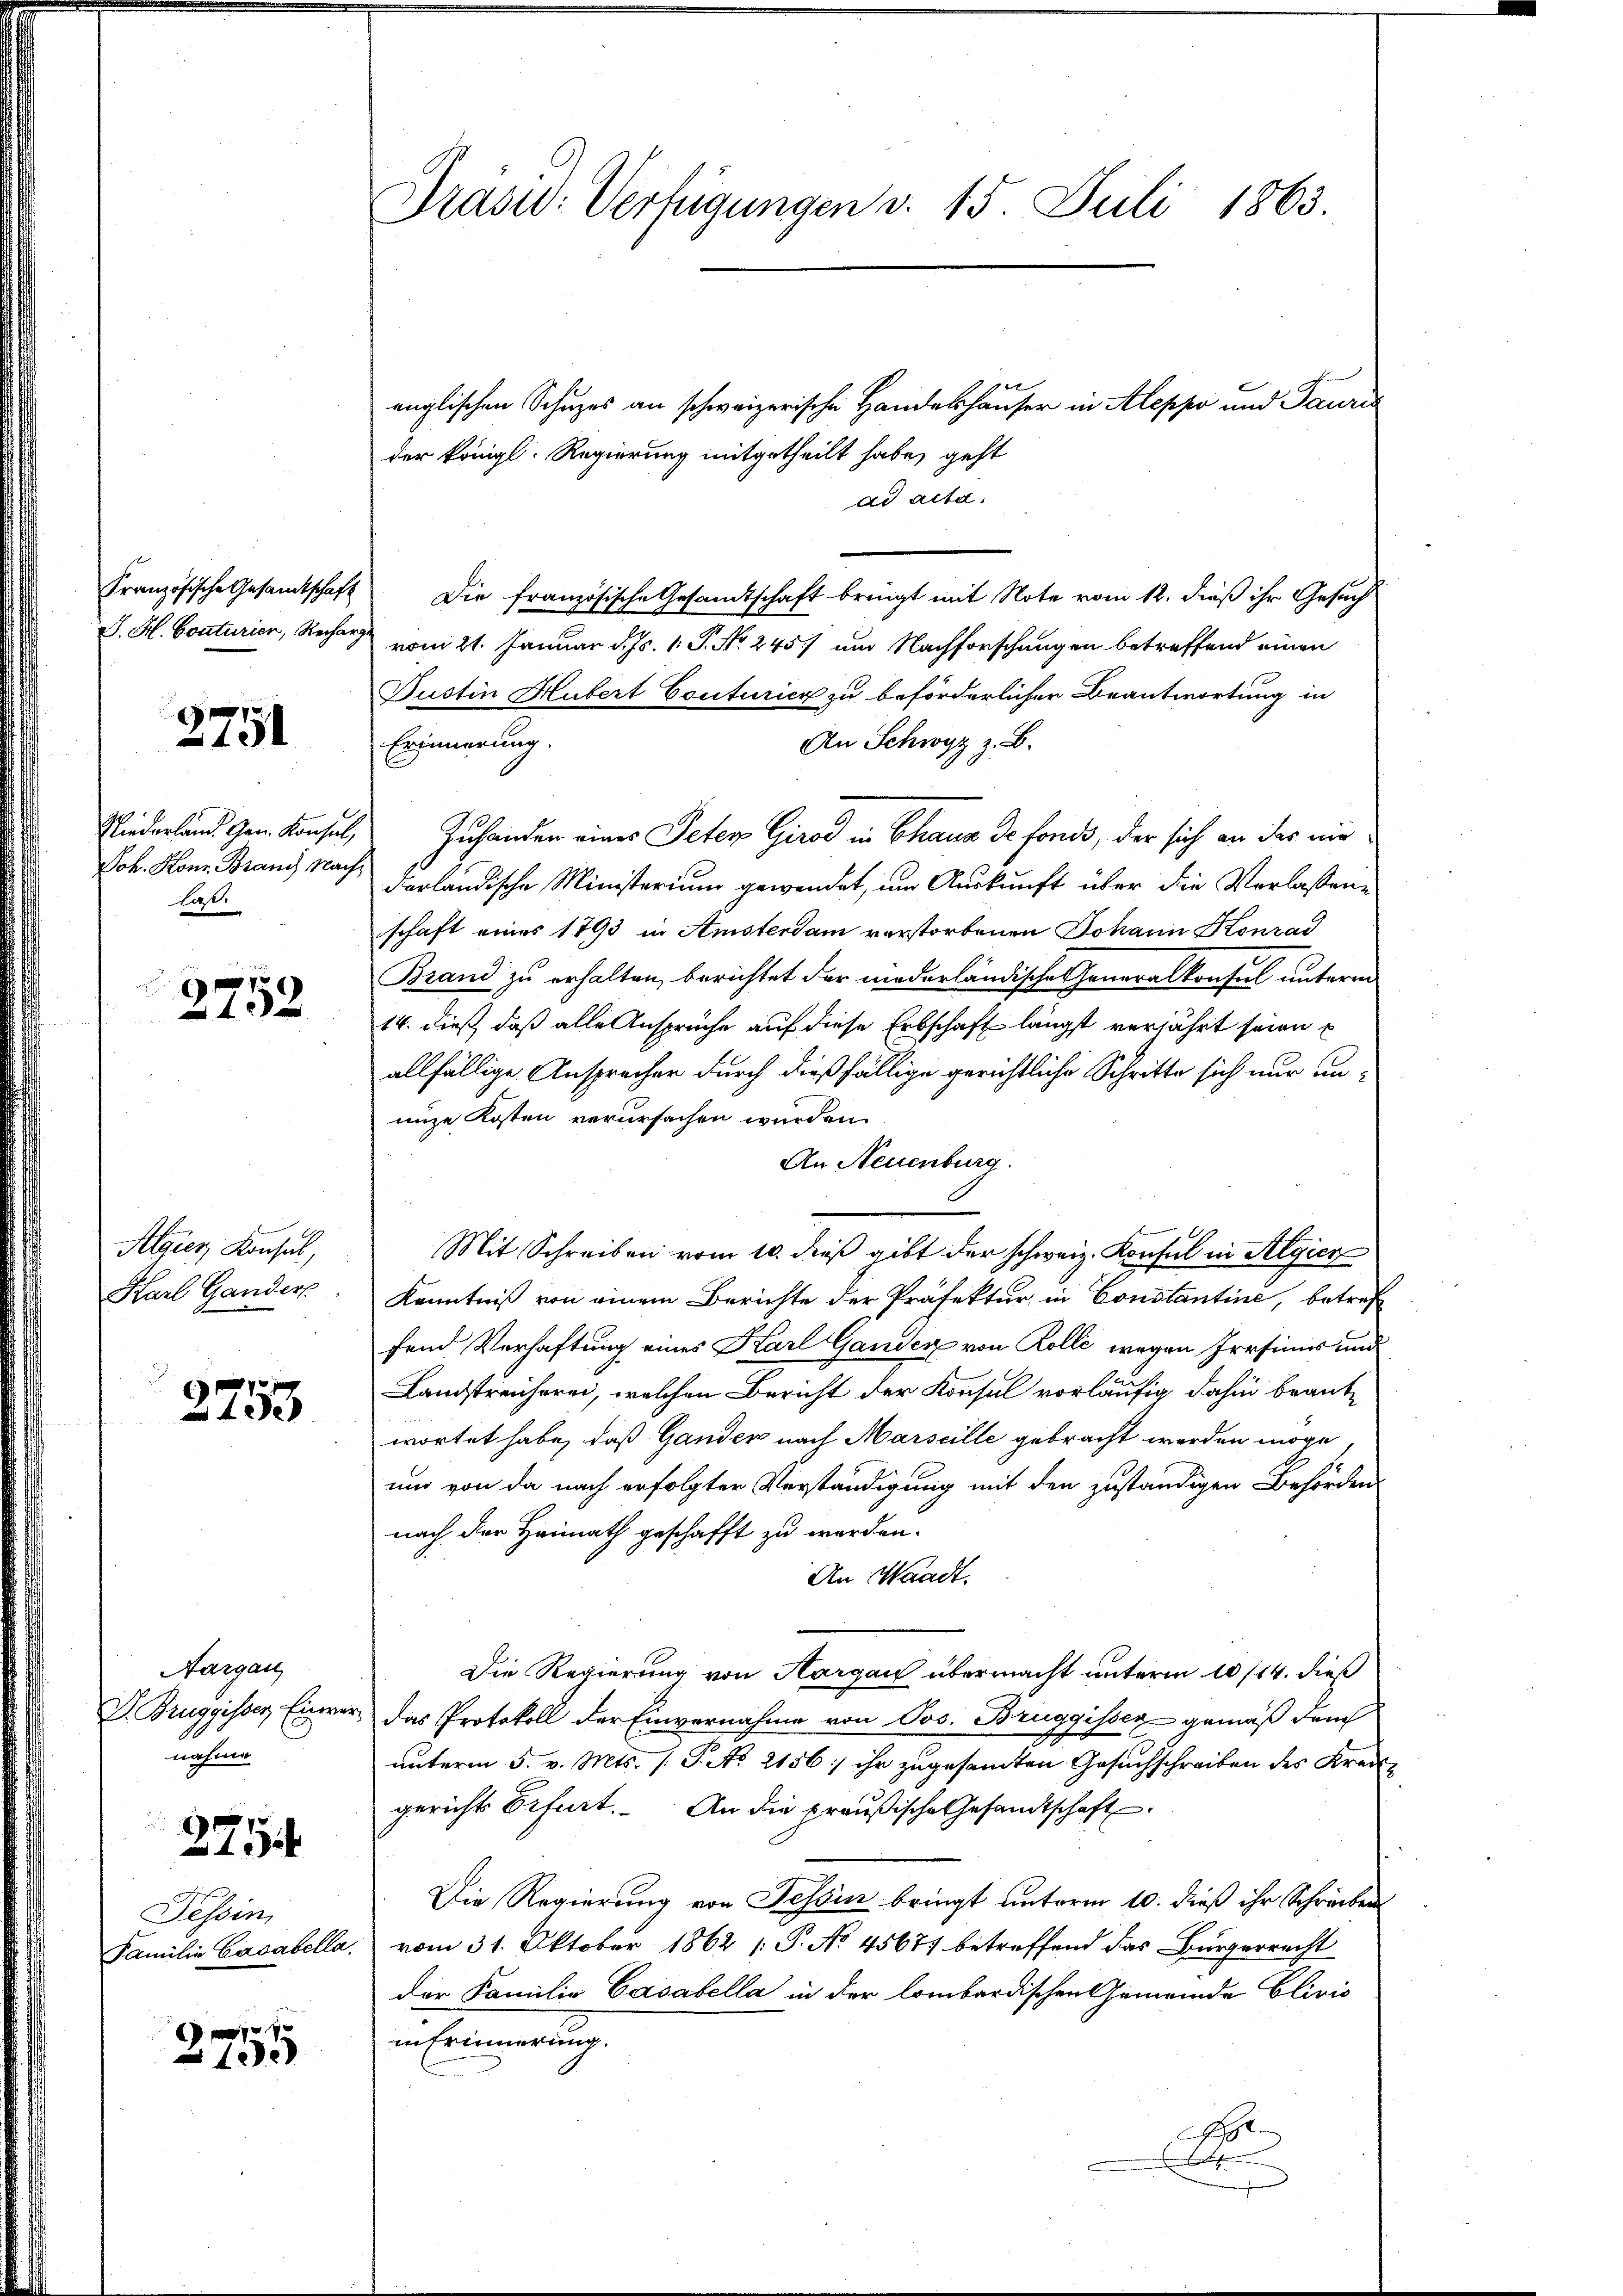
Französische Gesandtschaft
J. H. Couturier, Recharg

x
151

Niederland Gen. Konsul,
Joh. Konr. Brand Nach
lat.

132

Algier Konsul,
Karl Gander

E
150

Aargau
V. Bruggisser Einver-
nahme.

2754

Tessin
Familie Casabella.

xx
120

Präsid. Verfügungen d. 15. Juli 1863.

englischen Schuzes an schweizerische Handelshäuser in Aleppo und Tauri
der königl. Regierung mitgetheilt habe, geht
ad acta.
Die französische Gesamtschaft bringt mit Note vom 12. dieß ihr Gesuch
vom 21. Januar d. Js. 1. P. No. 245 und Nachforschungen betreffend einen
Dustin Hubert Couturicz zu beförderlicher Beantwortung in
An Schwyz z. B.
Erinnerung.
Zuhanden eines Peten Girod in Chaus de fonds, der sich an das nie
darländische Ministerium gewendet, um Auskunft über die Verlassene
schaft eines 1793 in Amsterdam verstorbenen Johann Konrad
Brand zu erhalten, berichtet der niederländische Generalkonsul unterm
14. dieß, daß alle Ansprüche auf diese Erbschaft längst verjährt seien
allfällige Ansprecher durch dießfällige gerichtliche Schritte sich nur unnize Kosten verursachen wurden.
An Neuenburg.
Mit Schreiben vom 10. dieß gibt der schweiz. Konsul in Algier
Kenntniß von einem Berichte der Präfektur in Constantine, betref
fend Verhaftung eines Karl Ganden von Kolle wegen Irrsinis und
Landstreicherei, welchen Bericht der Konsul vorläufig dahin brantwortet habe, daß Gander nach Marseille gebracht werden möge
und von da nach erfolgter Verständigung mit den zuständigen Behörden
nach der Heimath geschafft zu werden.
An Waadt.
Die Regierung von Aargau übermacht unterm 10/14. dieß
das Protokoll der Einvernahme von Jos. Bruggissen gemäß dem
unterm 5. v. Mts. (T. No 2156; ihr zugesamten Gesuchschreiben des Kreisgerichts Erfurt. An die preußische Gesandtschaft
Die Regierung von Tessin bringt unterm 10. dieß ihr Schreiben
vom 31. Oktober 1862 [P. No. 45671 betreffend das Bürgerrecht
der Familie Casabella in der lombardischen Gemeinde Clivis
sammlung
S.